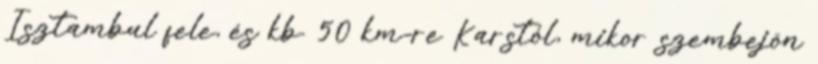
Isztambul fele, és kb. 50 km-re Karstól, mikor szembejön